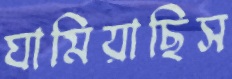
ঘামিয়াছিস